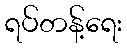
ရပ်တန့်ရေး